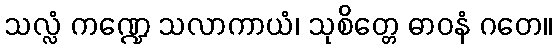
သလ္လံ ကဏ္ဍေ သလာကာယံ၊ သုစိတ္တေ ဓာဝနံ ဂတေ။